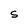
Character: S